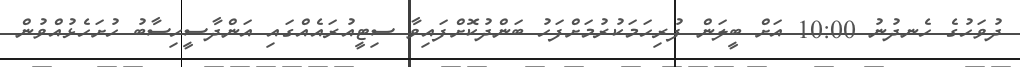
ދުވަހުގެ ހެނދުނު 10:00 އަށް ބީލަން ފުރިހަމަކުރުމަށްފަހު ބަންދުކޮށްފައިވާ ސިޓީއުރައެއްގައި އަންދާސީހިސާބު ހުށަހެޅުއްވުން